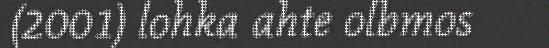
(2001) lohka ahte olbmos